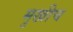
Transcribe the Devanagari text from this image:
मुखीच